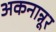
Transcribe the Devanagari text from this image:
अकनान्नूर